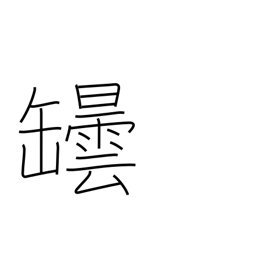
Meaning: bottle